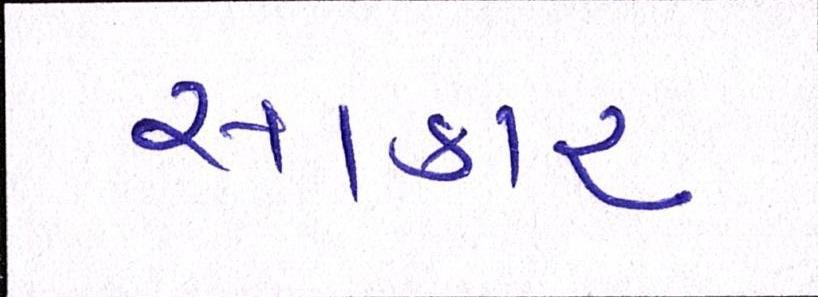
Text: સાકાર